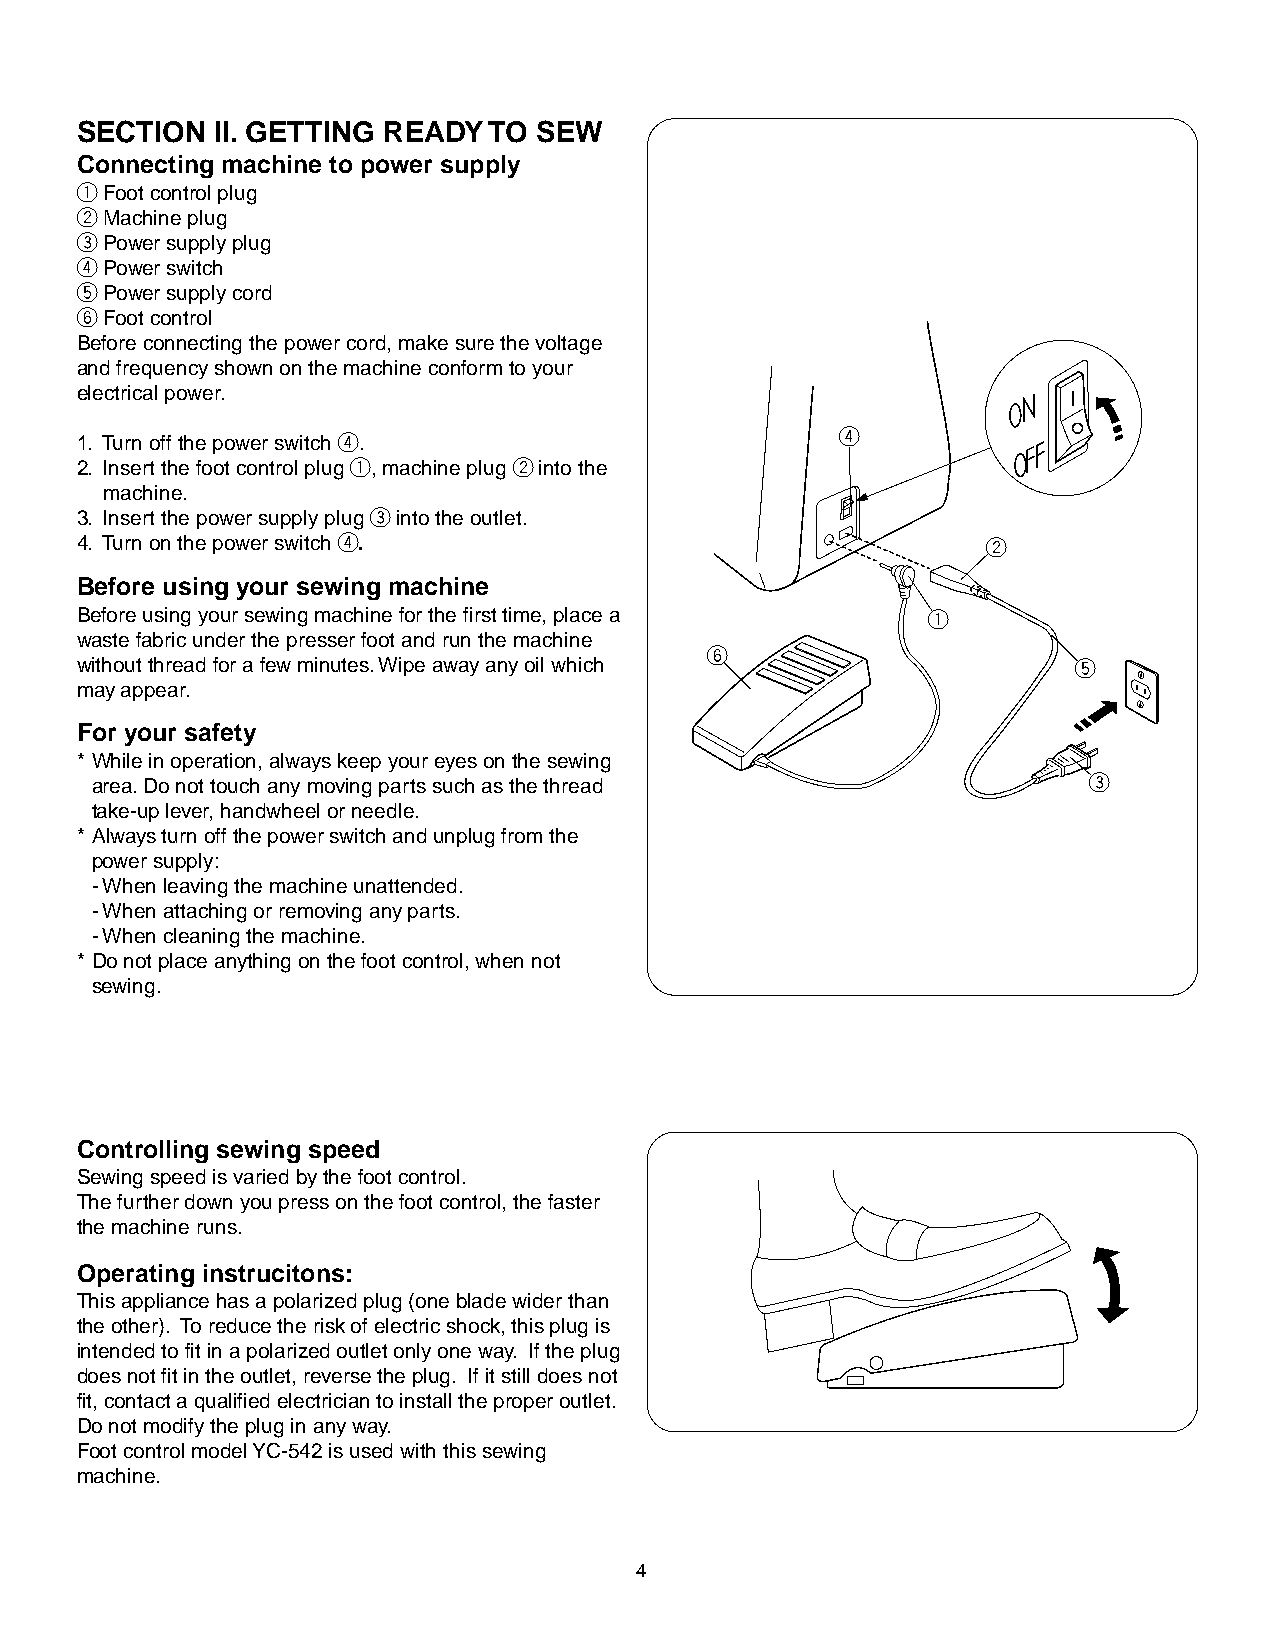
SECTION  II. GETTING READY TO SEW
 Connecting machine to power supply
 qFoot control plug
 wMachine plug
 ePower supply plug
 rPower switch
 tPower supply cord
 yFoot control
 Before connecting the power cord, make sure the voltage
 and frequency shown on the machine conform to your
 electrical power.
 1. Turn off the power switch r.                    r
 2. Insert the foot control plug q, machine plug w into the
 machine.
 3. Insert the power supply plug e into the outlet.
 4. Turn on the power switch r.                              w
 Before using your sewing machine
 Before using your sewing machine for the first time, place a q
 waste fabric under the presser foot and run the machine
 y
 without thread for a few minutes. Wipe away any oil which         t
 may appear.
 For your safety
 * While in operation, always keep your eyes on the sewing
 area. Do not touch any moving parts such as the thread            e
 take-up lever, handwheel or needle.
 * Always turn off the power switch and unplug from the
 power supply:
 - When leaving the machine unattended.
 - When attaching or removing any parts.
 - When cleaning the machine.
 * Do not place anything on the foot control, when not
 sewing.
 Controlling sewing speed
 Sewing speed is varied by the foot control.
 The further down you press on the foot control, the faster
 the machine runs.
 Operating instrucitons:
 This appliance has a polarized plug (one blade wider than
 the other). To reduce the risk of electric shock, this plug is
 intended to fit in a polarized outlet only one way. If the plug
 does not fit in the outlet, reverse the plug. If it still does not
 fit, contact a qualified electrician to install the proper outlet.
 Do not modify the plug in any way.
 Foot control model YC-542 is used with this sewing
 machine.
 4